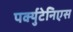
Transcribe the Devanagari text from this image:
पर्क्युटेनिएस